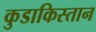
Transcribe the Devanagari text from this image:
कुडाकिस्तान